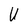
Character: V